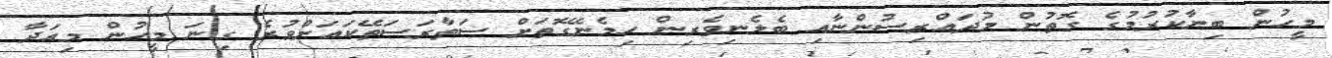
މީހުން ބިނާކުރުމުގެ ގޮތުން މުދައްރިސުންނާއި ބެލެނިވެރިން ހިމެނޭގޮތަށް ސަތާރަސަތޭކައަށްވުރެ ގިނަ މީހުން މިއަދާ